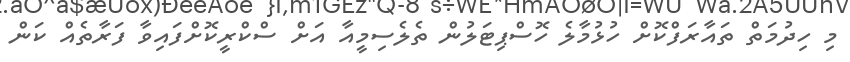
މި ހިދުމަތް ތައާރަފްކޮށް ހުޅުމާލެ ހޮސްޕިޓަލުން ތެލެސިމީއާ އަށް ސްކްރީކޮށްފައިވާ ފަރާތެއް ކަން